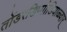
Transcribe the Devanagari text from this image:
तोंडरडिप्पोडियाळ्वार्